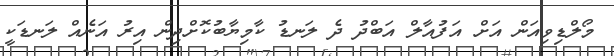
މޯލްޑިވިއަން އަށް އަފުއާލް އަބްދު ދެ ލަނޑު ކާމިޔާބުކޮށްދިން އިރު އަނެއް ލަނޑަކީ